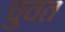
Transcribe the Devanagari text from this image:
चुवत